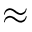
\approx